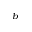
^ b